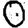
Digit: 0